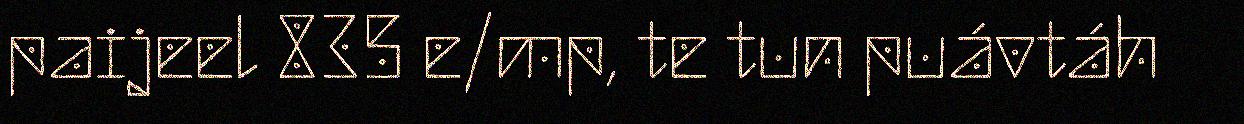
paijeel 835 e/mp, te tun puávtáh